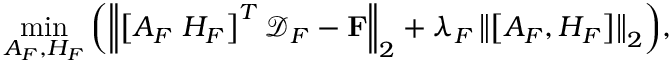
\operatorname* { m i n } _ { A _ { F } , H _ { F } } { \left( \left\| \left[ A _ { F } \; H _ { F } \right] ^ { T } \mathcal { D } _ { F } - \mathbf { F } \right\| _ { 2 } + \lambda _ { F } \left\| \left[ A _ { F } , H _ { F } \right] \right\| _ { 2 } \right) } ,